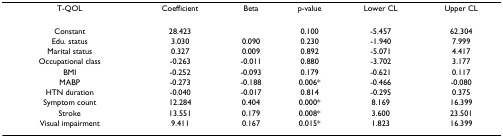
<table><thead><tr><td><b>T-QOL</b></td><td><b>Coefficient</b></td><td><b>Beta</b></td><td><b>p-value</b></td><td><b>Lower CL</b></td><td><b>Upper CL</b></td></tr></thead><tbody><tr><td>Constant</td><td>28.423</td><td></td><td>0.100</td><td>-5.457</td><td>62.304</td></tr><tr><td>Edu. status</td><td>3.030</td><td>0.090</td><td>0.230</td><td>-1.940</td><td>7.999</td></tr><tr><td>Marital status</td><td>0.327</td><td>0.009</td><td>0.892</td><td>-5.071</td><td>4.417</td></tr><tr><td>Occupational class</td><td>-0.263</td><td>-0.011</td><td>0.880</td><td>-3.702</td><td>3.177</td></tr><tr><td>BMI</td><td>-0.252</td><td>-0.093</td><td>0.179</td><td>-0.621</td><td>0.117</td></tr><tr><td>MABP</td><td>-0.273</td><td>-0.188</td><td>0.006*</td><td>-0.466</td><td>-0.080</td></tr><tr><td>HTN duration</td><td>-0.040</td><td>-0.017</td><td>0.814</td><td>-0.295</td><td>0.375</td></tr><tr><td>Symptom count</td><td>12.284</td><td>0.404</td><td>0.000*</td><td>8.169</td><td>16.399</td></tr><tr><td>Stroke</td><td>13.551</td><td>0.179</td><td>0.008*</td><td>3.600</td><td>23.501</td></tr><tr><td>Visual impairment</td><td>9.411</td><td>0.167</td><td>0.015*</td><td>1.823</td><td>16.399</td></tr></tbody></table>